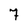
Character: 7